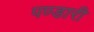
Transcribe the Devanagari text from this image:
पण्डारी